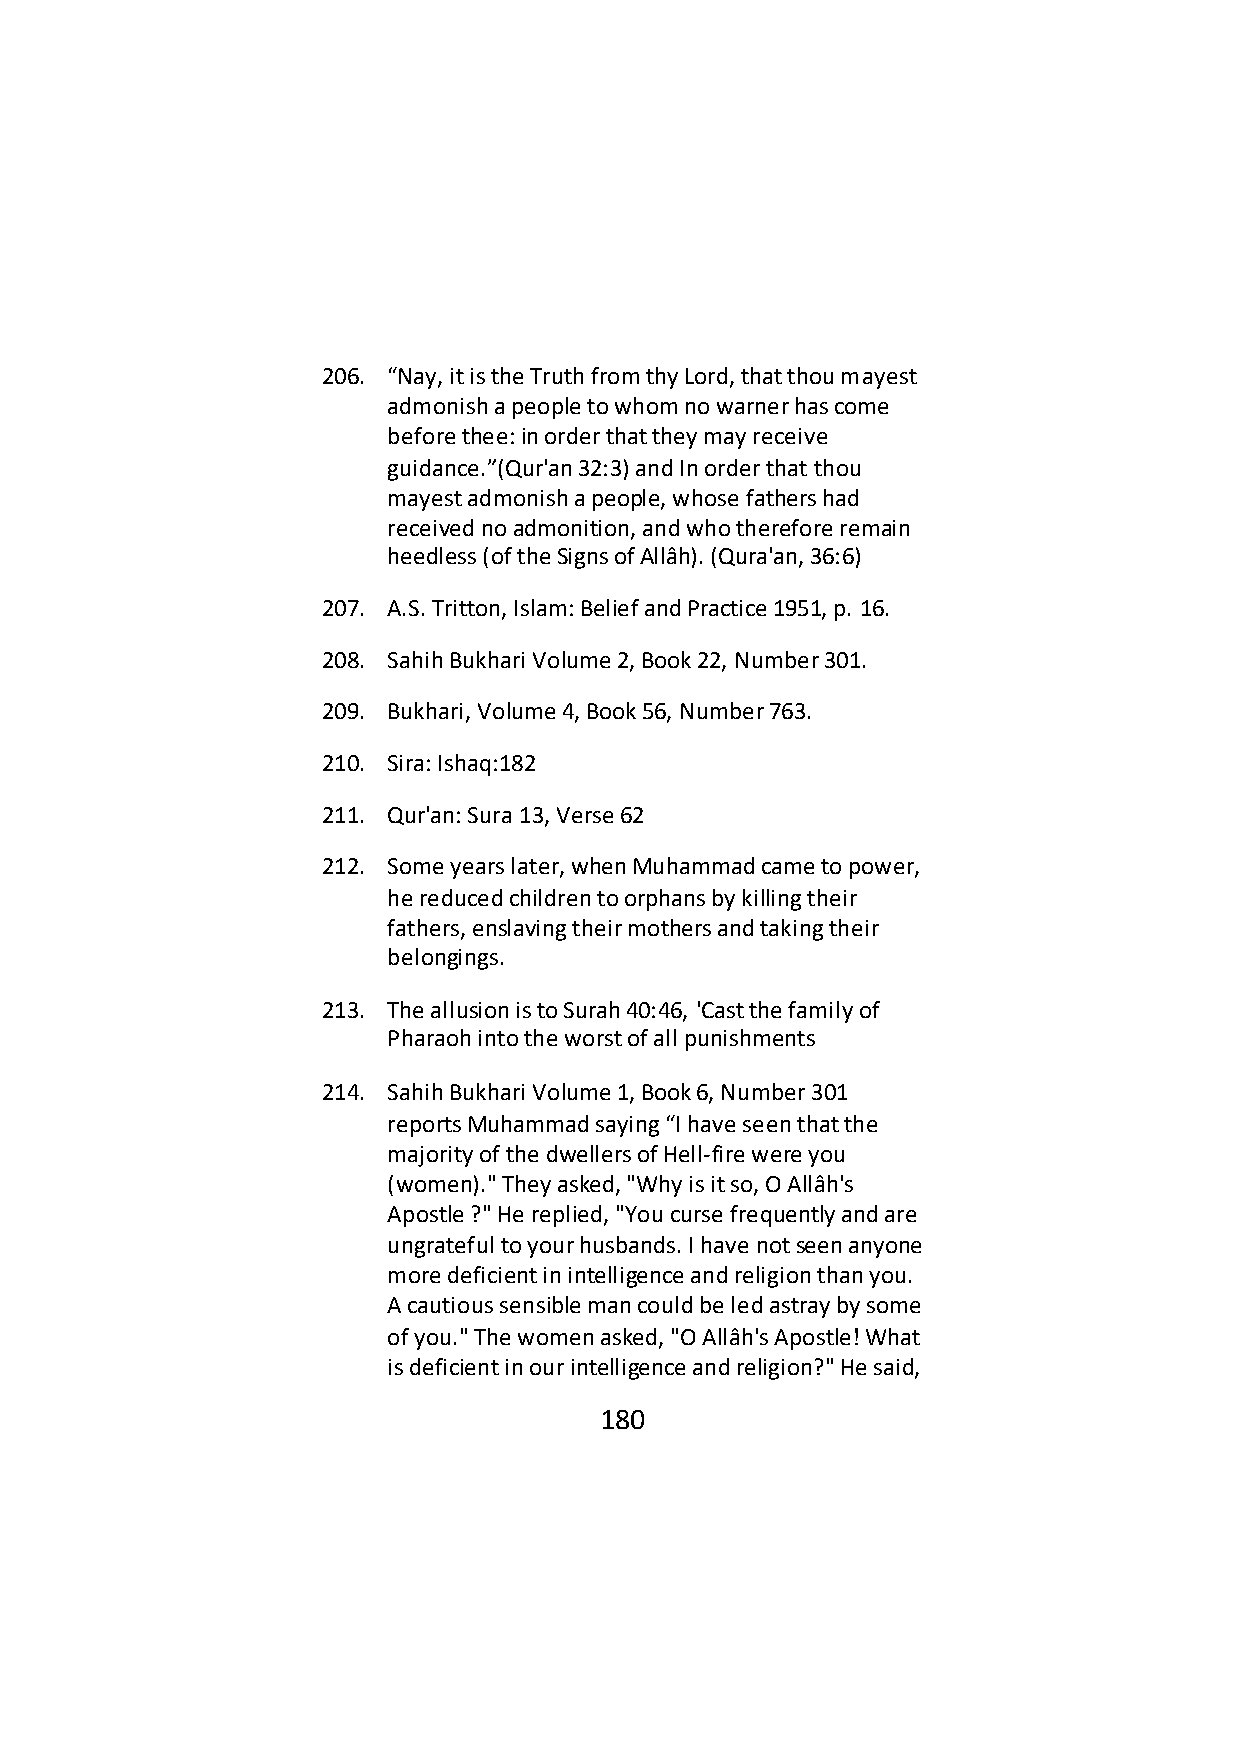
206. “Nay, it is the Truth from thy Lord, that thou mayest
 admonish a people to whom no warner has come
 before thee: in order that they may receive
 guidance.”(Qur'an 32:3) and In order that thou
 mayest admonish a people, whose fathers had
 received no admonition, and who therefore remain
 heedless (of the Signs of Allâh). (Qura'an, 36:6)
 207. A.S. Tritton, Islam: Belief and Practice 1951, p. 16.
 208. Sahih Bukhari Volume 2, Book 22, Number 301.
 209. Bukhari, Volume 4, Book 56, Number 763.
 210. Sira: Ishaq:182
 211. Qur'an: Sura 13, Verse 62
 212. Some years later, when Muhammad came to power,
 he reduced children to orphans by killing their
 fathers, enslaving their mothers and taking their
 belongings.
 213. The allusion is to Surah 40:46, 'Cast the family of
 Pharaoh into the worst of all punishments
 214. Sahih Bukhari Volume 1, Book 6, Number 301
 reports Muhammad saying “I have seen that the
 majority of the dwellers of Hell-fire were you
 (women)." They asked, "Why is it so, O Allâh's
 Apostle ?" He replied, "You curse frequently and are
 ungrateful to your husbands. I have not seen anyone
 more deficient in intelligence and religion than you.
 A cautious sensible man could be led astray by some
 of you." The women asked, "O Allâh's Apostle! What
 is deficient in our intelligence and religion?" He said,
 180